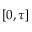
[ 0 , \tau ]